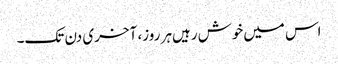
اس میں‌خوش رہیں‌ہر روز، آخری دن تک۔